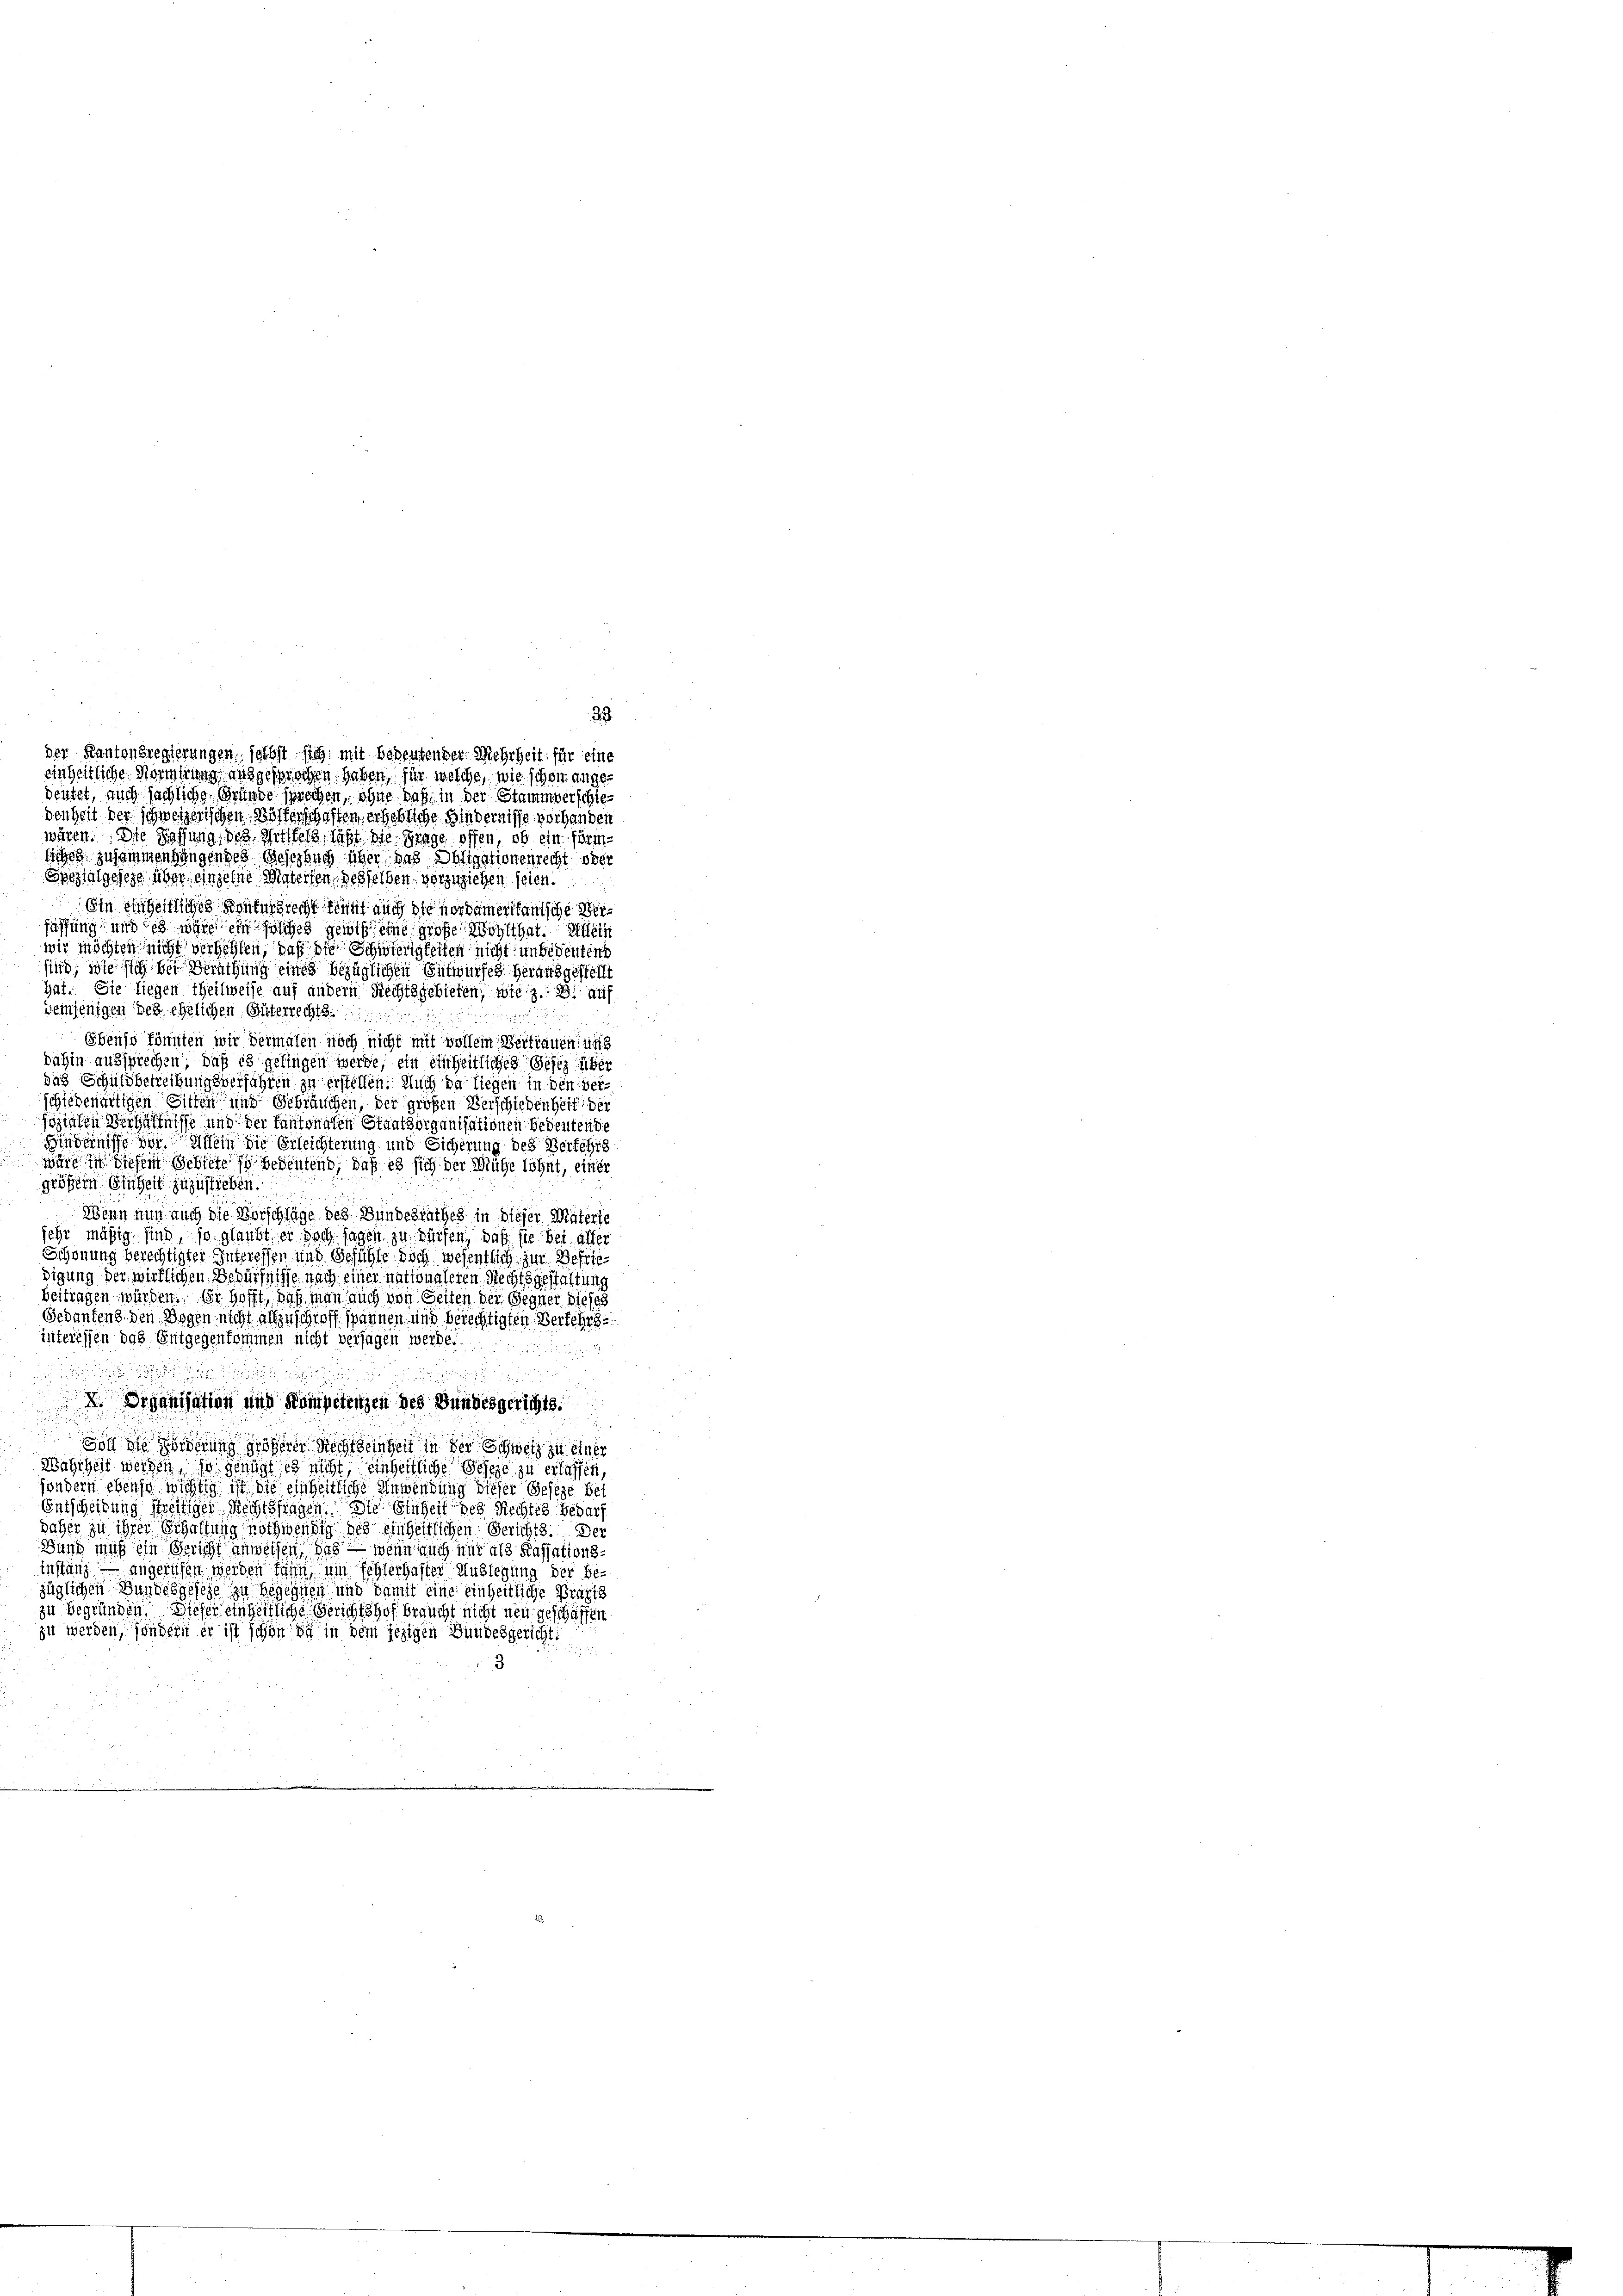
33
deutet, auch sächliche Gründe sprechen, ohne daß in der Stammverschiedenheit der schweizerischen Bösterschaften, erhebliche Hindernisse vorhanden
wären. Die Fassung, des Wittfeld, daß die Frage offen, ob ein förm¬
Siches zusammenhangendes Gesetzbuch über das Obligationenrecht oder
Spezialgeseze, über, einzelne Materfen, desselben vorzuziehen seien.
Ein eingeltliches Konkursrecht feint auch die nordamerikanische Verfassung und es wäre ihn solches gewiß eine große Wohlthat. Allein
wir möchten nicht verhehlen, daß die Schwierigkeiten nicht unbedeutend
sind, wie sich bei Berathung eines bezüglichen Entwurfes herausgestell
hat. Sie liegen Theilweise auf andern Rechtsgebieten, wie z. B. auf
demjenigen des ehelichen Güterrechts
Ebenso könnten wir dermalen noch nicht mit vollem Vertrauen sing
dahin aussprechen, daß es gelingen werde, ein einheitliches Gesez über
das Schuldbetreibungsverfahren zu erstellen. Auch da liegen in den verschiedenartigen Sitten und Gebräuchen, der großen Verschiedenheit der
sozialen Verhältnis und der Kantonalen Staatsorganisationen bedeutende
Findernisse vor Mein die Erleichterung und Sicherung des Verfehls
wird in diesem Gebiete so bedeutend, daß es sich der Mühe lohnt, einer
größern Einheit zuzustrieben.
Wenn nun auch die Vorschläge des Bundesrathes in dieser Materte
sehr mäßig sind, so glaubt er doch sagen zu dürfen, daß sie bei aller
Schönung berechtigter Interessen und Gefühle doch wesentlich zur Befriedigung der wirklichen Bedürfnisse nach einer nationaleren Rechtsgestaltung
beitragen würden. Er hofft, daß man auch von Seiten der Gegner dieses
Gedankens, den Bogen nicht allzuschroff spännen und berechtigten Verkehrs
interessen das Entgegenkommen nicht verfügen werde.

d
Drganisation und Kompetenzen des Bundesgerichts
Von die Forderung desseren Rechtseingen in der Schweiz zu einer
Wahrheit werden, so genügt es nicht, einheitliche Geseze zu erlassen,
sondern ebenso wichtig ist die einheitliche Anwendung dieser Geseze bei
Entscheidung streitiger Rechtsfragen. Die Einheit des Rechtes bedarf
daher zu ihrer Schaftung nothwendig des einheitlichen Gerichts. Der
Bund muß ein Bericht anweisen, das wenn auch nur als Kassationsinstanz – angerufen werden kann, um fehlerhafter Auslegung der Bezüglichen Bundesgesehe zu begegnen und damit eine einheitliche Practs
zu begründen. Dieser einheitliche Gerichtshof braucht nicht neu geschäffen
zu werden, sondern er ist schon da in dem jezigen Bundesgericht

der Kantonsregierungen, selbst sich mit bedeutender Mehrheit für eine
einheitliche Vormirung ausgesprochen haben, für welche, wie schon ange¬